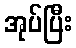
အုပ်ပြီး